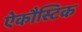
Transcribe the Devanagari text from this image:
ऐकौस्टिक